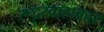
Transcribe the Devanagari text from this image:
रूद्रस्वाहाकार